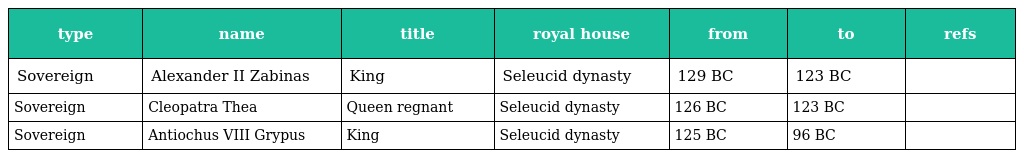
| type | name | title | royal house | from | to | refs |
 | --- | --- | --- | --- | --- | --- | --- |
 | Sovereign | Alexander II Zabinas | King | Seleucid dynasty | 129 BC | 123 BC |  |
 | Sovereign | Cleopatra Thea | Queen regnant | Seleucid dynasty | 126 BC | 123 BC |  |
 | Sovereign | Antiochus VIII Grypus | King | Seleucid dynasty | 125 BC | 96 BC |  |